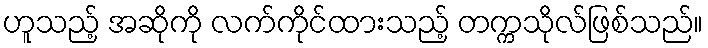
ဟူသည့် အဆိုကို လက်ကိုင်ထားသည့် တက္ကသိုလ်ဖြစ်သည်။